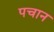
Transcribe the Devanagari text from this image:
पचान